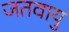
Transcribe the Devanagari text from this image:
जतवायु